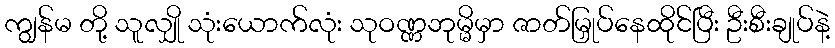
ကျွန်မ တို့ သူလျှို သုံးယောက်လုံး သုဝဏ္ဏဘုမ္မိမှာ ဇာတ်မြှုပ်နေထိုင်ပြီး ဦးစီးချုပ်နဲ့